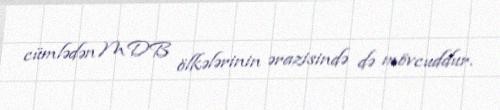
cümlədən MDB ölkələrinin ərazisində də mövcuddur.